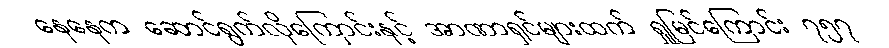
နေနေက ဆောင်ရွက်လိုကြောင်းနှင့် အာဏာရှင်များထက် ရှုမြင်ကြောင်း ၇၅၇